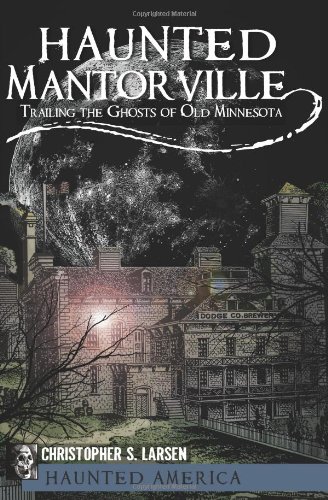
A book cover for Haunted Mantorville:: Trailing the Ghosts of Old Minnesota (Haunted America); Christopher S. Larsen; Travel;